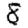
Digit: 8